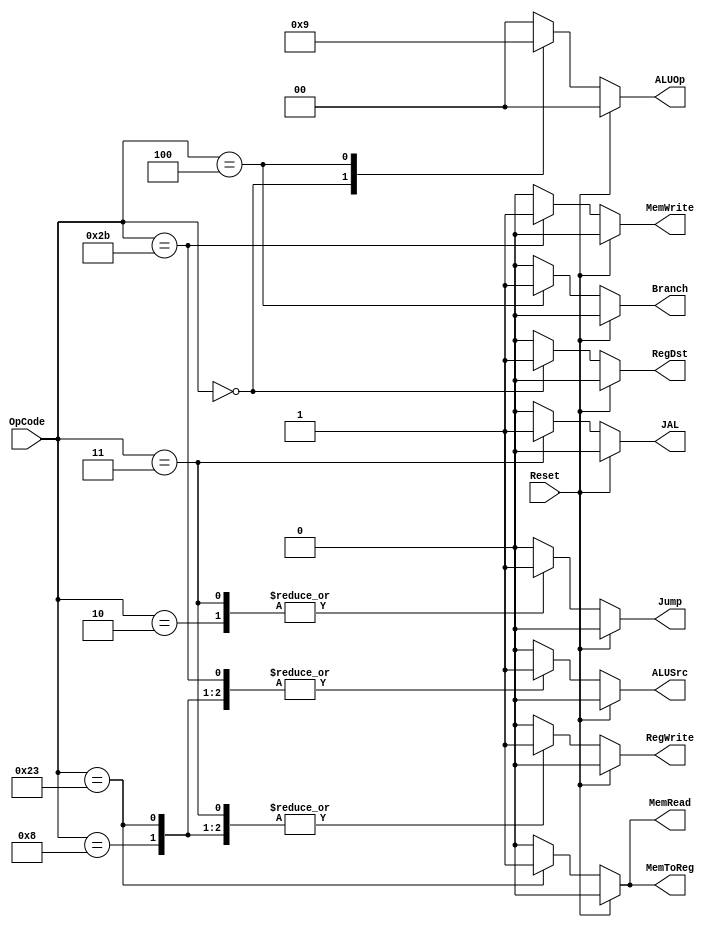
/*_________________________________
         The Control Unit
  _____________________________________*/
  
  `timescale 1ns / 1ps
  
  module Control_Unit (
		
		input      [5:0] 	OpCode,		// The opcode from your instruction Instruction[31:26]
		input					Reset,
		output reg			RegDst,
		output reg			Jump,
		output reg			JAL,
		output reg			Branch,
		output reg			MemRead,
		output reg			MemToReg,
		output reg [1:0]	ALUOp,
		output reg			MemWrite,
		output reg			ALUSrc,
		output reg			RegWrite
		
		);
	
	always @* begin
	
		if (Reset) begin
			
				RegDst   <= 0;
				ALUSrc   <= 0;
				MemToReg <= 0;
				RegWrite <= 0;
				MemRead	<= 0;
				MemWrite <= 0;
				Branch   <= 0;
				Jump		<= 0;
				JAL		<= 0;
				ALUOp    <= 0;
			
		end
		
		else begin
			case (OpCode)
			
				6'b000000: begin		//R-type
				
						RegDst   <= 1;
						ALUSrc   <= 0;
						MemToReg <= 0;
						RegWrite <= 1;
						MemRead	<= 0;
						MemWrite <= 0;
						Branch   <= 0;
						Jump		<= 0;
						JAL		<= 0;
						ALUOp    <= 2'b10;
				end
				
				6'b001000: begin		//addi
			
						RegDst   <= 0;
						ALUSrc   <= 1;
						MemToReg <= 0;
						RegWrite <= 1;
						MemRead	<= 0;
						MemWrite <= 0;
						Branch   <= 0;
						Jump		<= 0;
						JAL		<= 0;
						ALUOp    <= 0;
				end
				
				6'b100011: begin		//lw
			
						RegDst   <= 0;
						ALUSrc   <= 1;
						MemToReg <= 1;
						RegWrite <= 1;
						MemRead	<= 1;
						MemWrite <= 0;
						Branch   <= 0;
						Jump		<= 0;
						JAL		<= 0;
						ALUOp    <= 0;
				end
				
				6'b101011: begin		//sw
			
						RegDst   <= 0;
						ALUSrc   <= 1;
						MemToReg <= 0;
						RegWrite <= 0;
						MemRead	<= 0;
						MemWrite <= 1;
						Branch   <= 0;
						Jump		<= 0;
						JAL		<= 0;
						ALUOp    <= 0;
				end
				
				6'b000100: begin		//BEQ
			
						RegDst   <= 0;
						ALUSrc   <= 0;
						MemToReg <= 0;
						RegWrite <= 0;
						MemRead	<= 0;
						MemWrite <= 0;
						Branch   <= 1;
						Jump		<= 0;
						JAL		<= 0;
						ALUOp    <= 2'b01;
				end
				
				6'b000010: begin		//J
				
						RegDst   <= 0;
						ALUSrc   <= 0;
						MemToReg <= 0;
						RegWrite <= 0;
						MemRead	<= 0;
						MemWrite <= 0;
						Branch   <= 0;
						Jump		<= 1;
						JAL		<= 0;
						ALUOp    <= 0;
				end
				
				6'b000011: begin		//JAL
				
						RegDst   <= 0;
						ALUSrc   <= 0;
						MemToReg <= 0;
						RegWrite <= 1;
						MemRead	<= 0;
						MemWrite <= 0;
						Branch   <= 0;
						Jump		<= 1;
						JAL		<= 1;
						ALUOp    <= 0;
				end
				
				default: begin
						
						RegDst   <= 0;
						ALUSrc   <= 0;
						MemToReg <= 0;
						RegWrite <= 0;
						MemRead	<= 0;
						MemWrite <= 0;
						Branch   <= 0;
						Jump		<= 0;
						JAL		<= 0;
						ALUOp    <= 0;
				end
				
			endcase
		end
			
	end
	
	endmodule